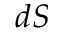
d S